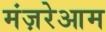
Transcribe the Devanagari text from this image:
मंज़रेआम